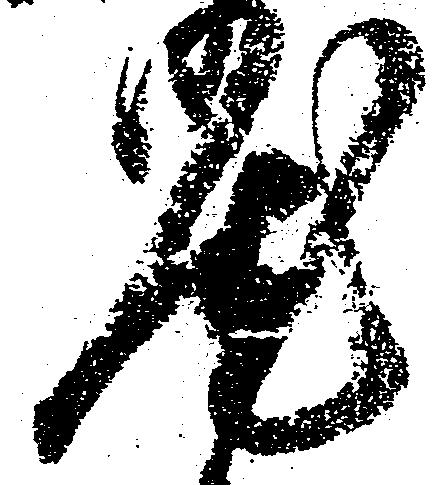
汰